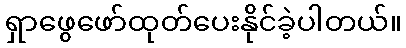
ရှာဖွေဖော်ထုတ်ပေးနိုင်ခဲ့ပါတယ်။